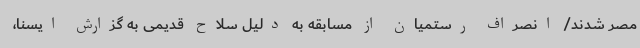
مصر شدند/ انصراف رستمیان از مسابقه به دلیل سلاح قدیمی به گزارش ایسنا،